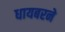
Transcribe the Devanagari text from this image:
धायबरने